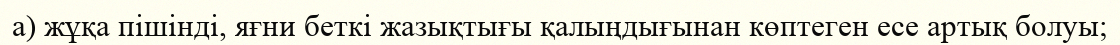
а) жұқа пішінді, яғни беткі жазықтығы қалыңдығынан көптеген есе артық болуы;